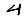
Digit: 4